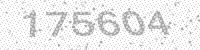
Solution: 175604